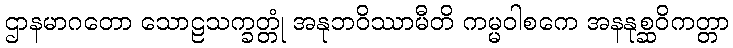
ဌာနမာဂတော သောဠသက္ခတ္တုံ အနုဘဝိဿာမီတိ ကမ္မဝါစကေ အနနုစ္ဆဝိကတ္တာ